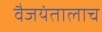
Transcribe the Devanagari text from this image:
वैजयंतालाच